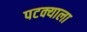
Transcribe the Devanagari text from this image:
पटक्याला